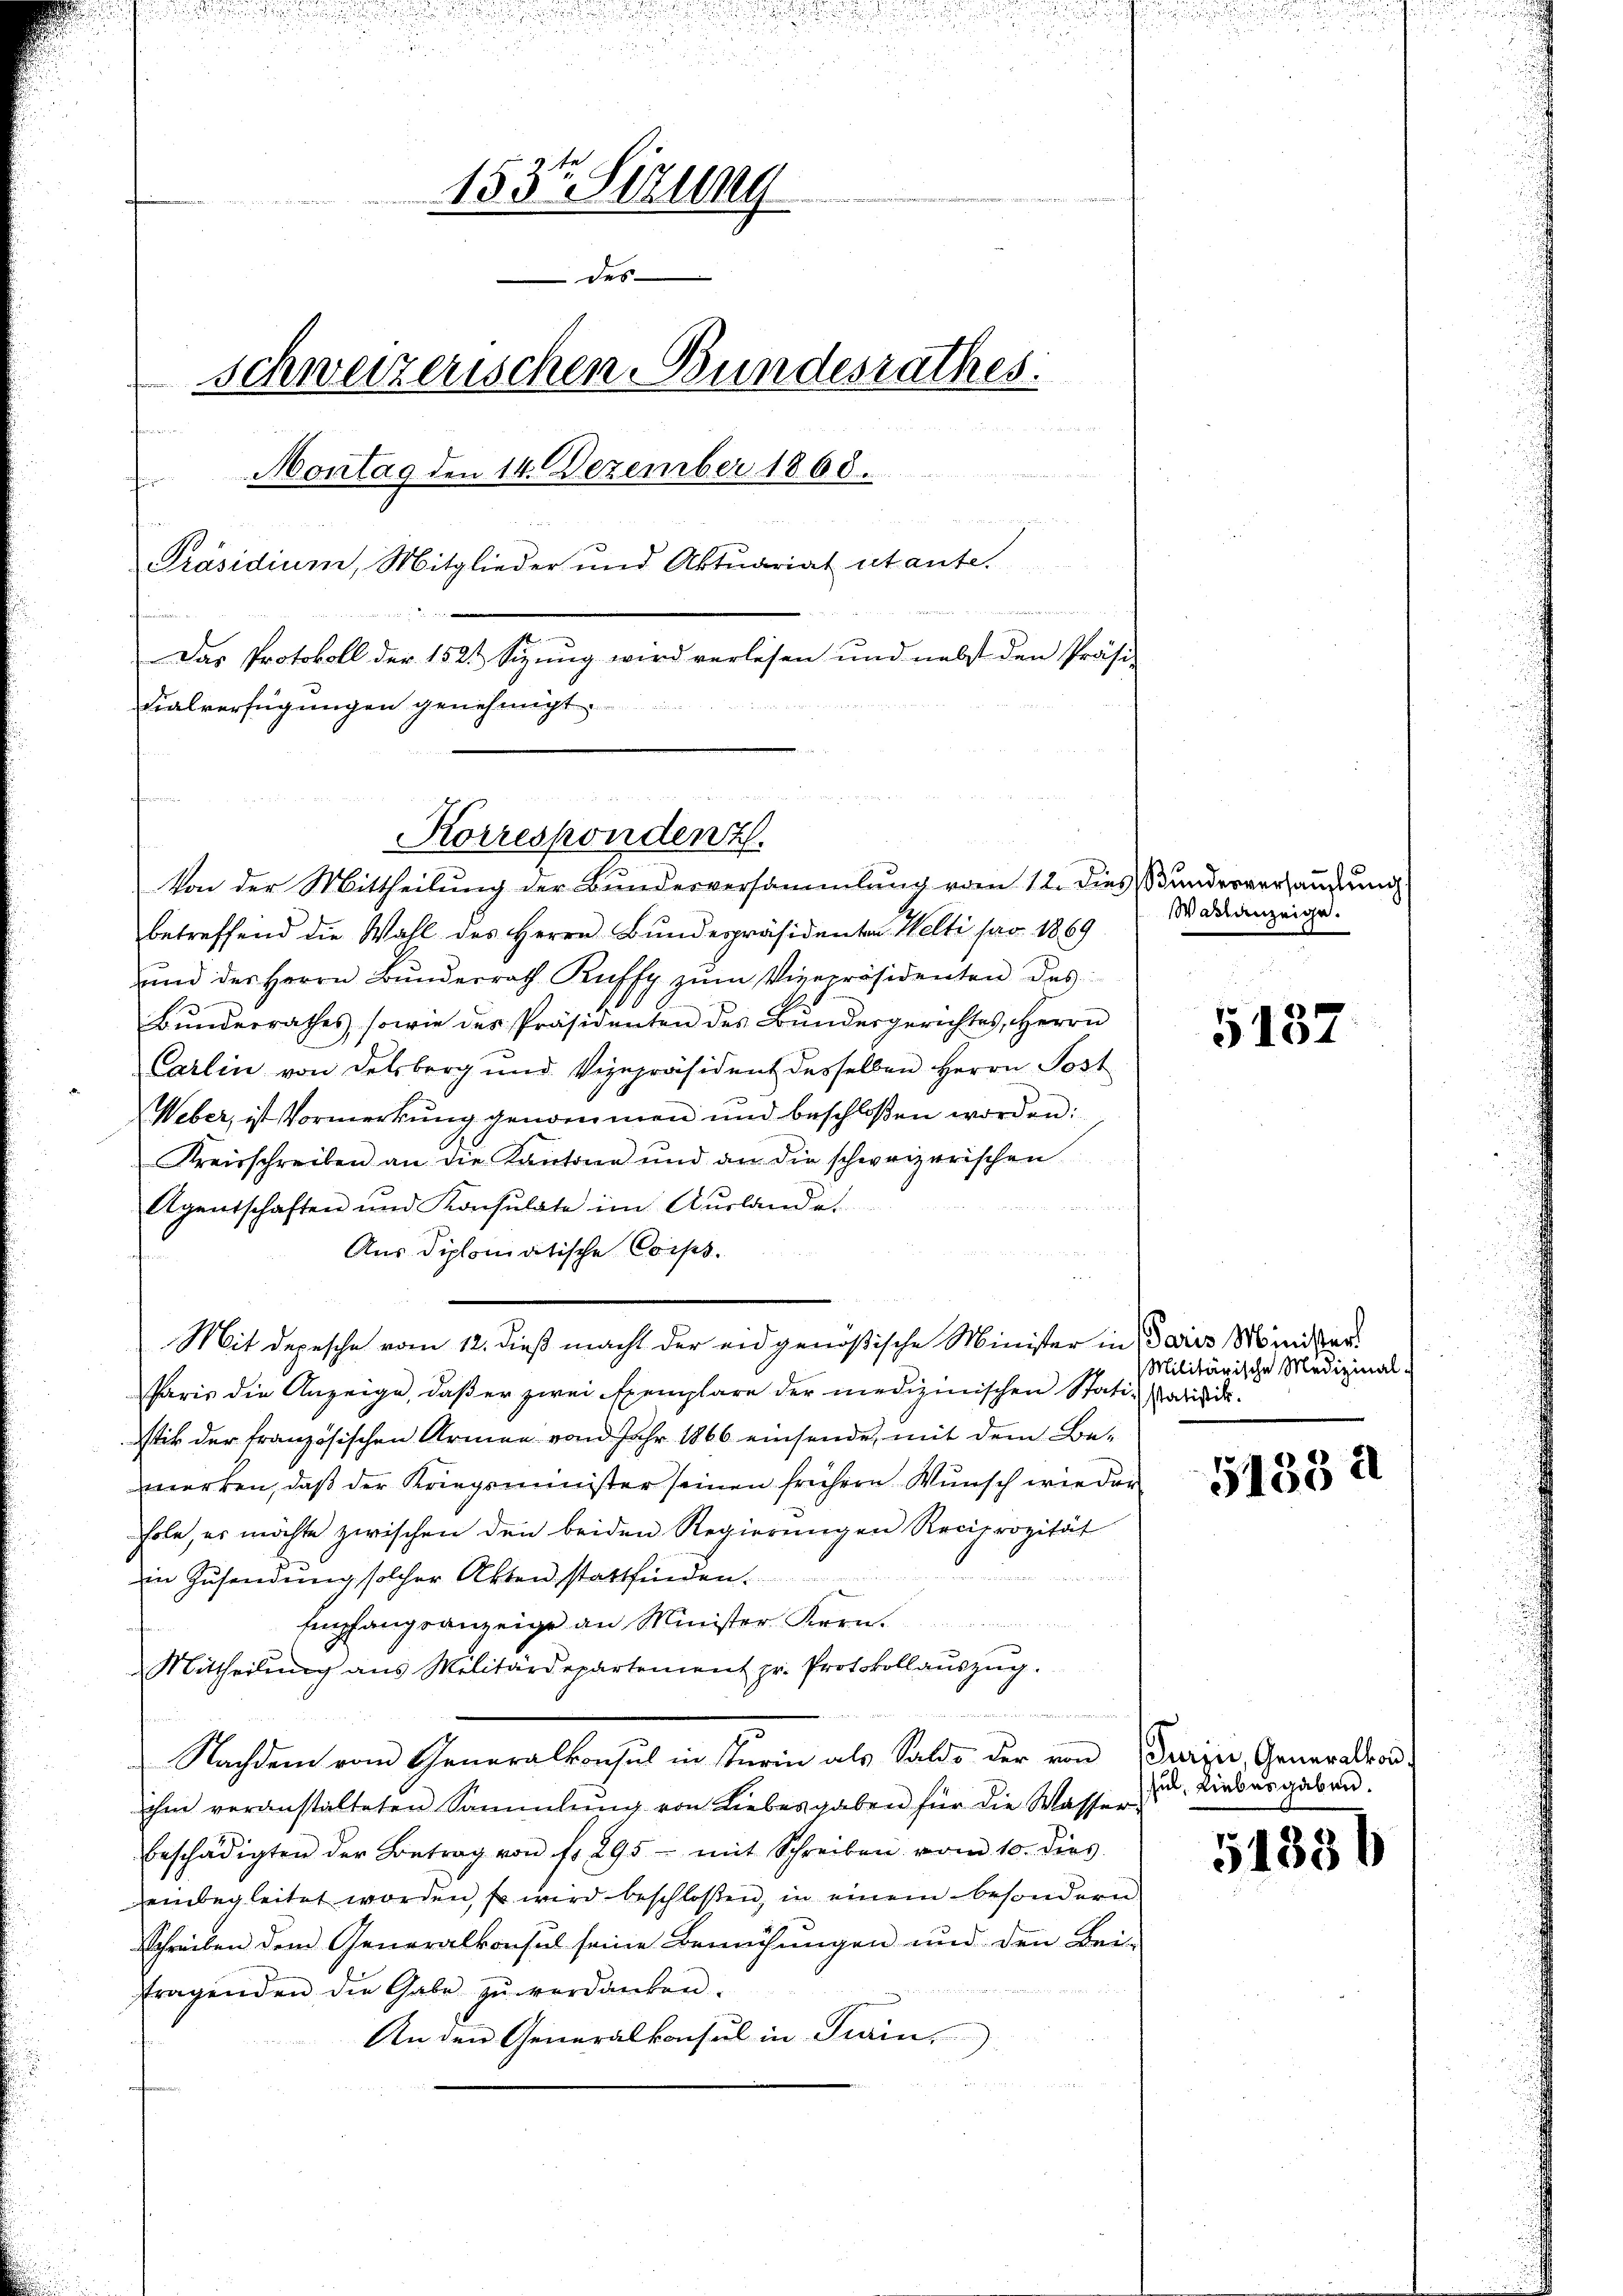
153 Sizung
des
schweizerischen Bundesrathes:

a
Montag den 14. Dezember 1868.

Präsidium, Mitglieder und Aktuariat utante.
Das Protokoll der 152. Sizung wird verlesen und nebst den Präsi-

Fialverfügungen genehmigt.

Von der Mittheilung der Bundesversammlung vom 12. dies Bunderverhausung
betreffend die Wahl des Herrn Bŭndespräsidenten Welti pro 1869
ind des Herrn Bŭnderrath Ruffy zŭm Vizepräsidenten des
Bunderrathes, sowie des Präsidenten des Bundesgerichtes, Herrn
Carlin von Delsberg und Vizepräsident desselben Herrn Post
Weber, ist Vormerkŭng genommen und beschloßen worden:
Kreisschreiben an die Kantone und an die schweizerischen
 Kuts
Agentschaften und Konsulate im Aŭslande
Aus diplomatische Corps.
¬
Mit Depesche vom 12. dieß macht der eidgenößische Minister in Paris Minder¬
Paris die Anzeige, daß er zwei Exemplare der medizinischen Stati- Mariede
tik der französischen Armen von Jahr 1866 einsende, mit dem Bewerken, daß der Kriegsminister seinen frühern Wunsch wieder
Fole, er möchte zwischen den beiden Regierungen Reciprozität
in Zusendung solcher Akten stattfinden.
Eempfangsanzeige an Minister Korn
Mittheilŭng ans Militärdepartement pr. Protokollaŭszŭg.
Nachdem vom Generalkonsul in sturin als Saldo der von
ihm veranstalteten Sammlung von Liebesgaben für die Wasser-
beschädigten der Betrag von fr. 295 - mit Schreiben vom 10. dies
einbegleitet worden, so wird beschloßen, in einem besondern
Schreiben dem Generalkonsul seine Bemühungen und den Bei-
fragenden die Gabe zŭ verdanken.
An den Generalkonsul in Train,

e

Korrespondenz.

WWaktanzeige.

5137

Militärische Medizinal-

5133 a

Turin, Generaltor
sul, Liebesgaben.

51336